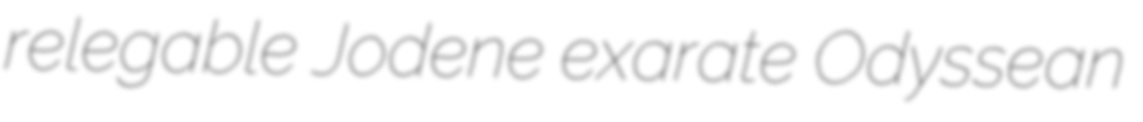
relegable Jodene exarate Odyssean